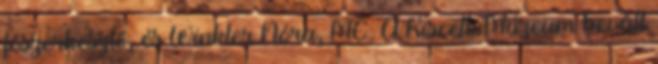
főszerkesztő, és Winkler Nóra, MC. A Kiscelli Múzeum bevált